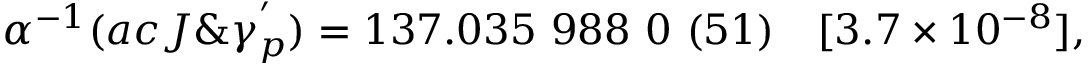
\alpha ^ { - 1 } ( a c J \& \gamma _ { p } ^ { ' } ) = 1 3 7 . 0 3 5 ~ 9 8 8 ~ 0 ~ ( 5 1 ) ~ ~ ~ [ 3 . 7 \times 1 0 ^ { - 8 } ] ,